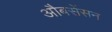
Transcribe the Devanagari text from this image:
औबसेंसन